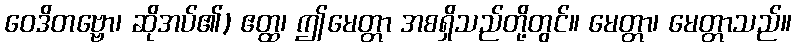
ဝေဒိတဗ္ဗော၊ ဆိုအပ်၏) ဧတ္ထ၊ ဤမေတ္တာ အစရှိသည်တို့တွင်။ မေတ္တာ၊ မေတ္တာသည်။